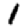
Digit: 1